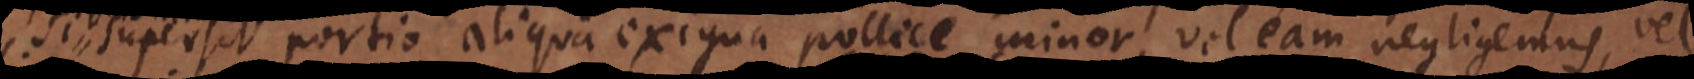
Si supersit portio aliqua exigua pollice minor, vel eam negligemus, vel